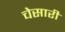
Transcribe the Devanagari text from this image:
चेसारी